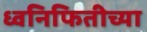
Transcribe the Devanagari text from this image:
ध्वनिफितीच्या